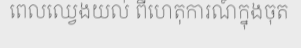
ពេលឈ្វេងយល់ ពីហេតុការណ៍ក្នុងចុត